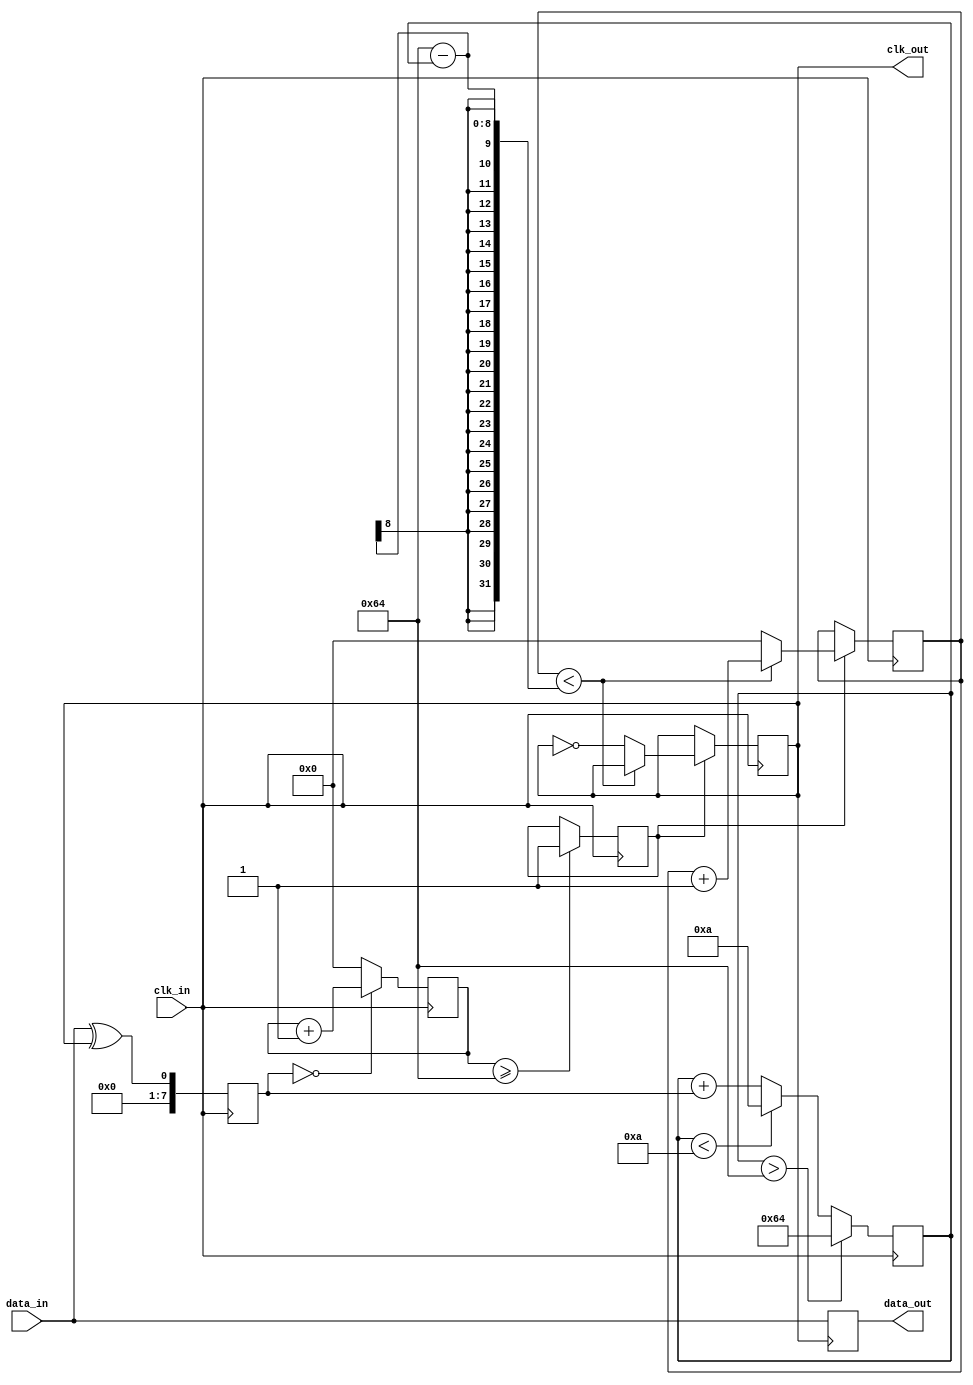
module pll_synchronizer (
    input wire clk_in,          // Incoming clock signal
    input wire data_in,         // Incoming asynchronous data signal
    output reg clk_out,         // Synchronized output clock
    output reg data_out         // Synchronized output data
);

// Parameters
parameter integer VCO_MAX_FREQ = 100; // Maximum frequency for VCO
parameter integer VCO_MIN_FREQ = 10;   // Minimum frequency for VCO
parameter integer LOCK_TIME = 100;      // Lock time in clock cycles

// Internal signals
reg [7:0] phase_error;                // Phase error signal
reg [7:0] loop_filter_output;          // Output of the loop filter
reg [7:0] vco_frequency;               // Current frequency of the VCO
reg [7:0] vco_counter;                 // VCO counter for clock generation
reg [7:0] lock_counter;                // Lock counter
reg vco_enable;                        // VCO enable signal

// Phase Detector (PD)
always @(posedge clk_in) begin
    // Simple phase detector using D flip-flop
    phase_error <= data_in ^ clk_out; // XOR to detect phase difference
end

// Loop Filter (LF)
always @(posedge clk_in) begin
    // Simple first-order loop filter
    loop_filter_output <= loop_filter_output + phase_error;
    
    // Limit the loop filter output to VCO frequency range
    if (loop_filter_output > VCO_MAX_FREQ) begin
        loop_filter_output <= VCO_MAX_FREQ;
    end else if (loop_filter_output < VCO_MIN_FREQ) begin
        loop_filter_output <= VCO_MIN_FREQ;
    end
end

// Voltage-Controlled Oscillator (VCO)
always @(posedge clk_in) begin
    if (vco_enable) begin
        // Generate clock based on VCO frequency
        if (vco_counter < (100 - loop_filter_output)) begin
            vco_counter <= vco_counter + 1;
        end else begin
            clk_out <= ~clk_out; // Toggle output clock
            vco_counter <= 0;     // Reset counter
        end
    end
end

// Lock detection
always @(posedge clk_in) begin
    if (phase_error == 0) begin
        lock_counter <= lock_counter + 1;
    end else begin
        lock_counter <= 0; // Reset lock counter on phase error
    end
    
    // Enable VCO when lock time is reached
    if (lock_counter >= LOCK_TIME) begin
        vco_enable <= 1;
    end
end

// Data Synchronization
always @(posedge clk_out) begin
    data_out <= data_in; // Sample incoming data on the output clock
end

endmodule